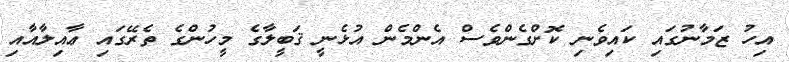
އިހު ޒަމާނުގައި ކައިވެނި ކޮށްގެންވެސް އެންމެން އުޅެނީ ޤަބީލާގެ މީހުންގެ ތެރޭގައި ޢާއިލާއާއި